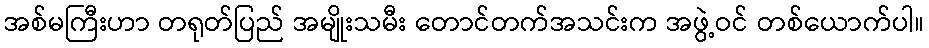
အစ်မကြီးဟာ တရုတ်ပြည် အမျိုးသမီး တောင်တက်အသင်းက အဖွဲ့ဝင် တစ်ယောက်ပါ။